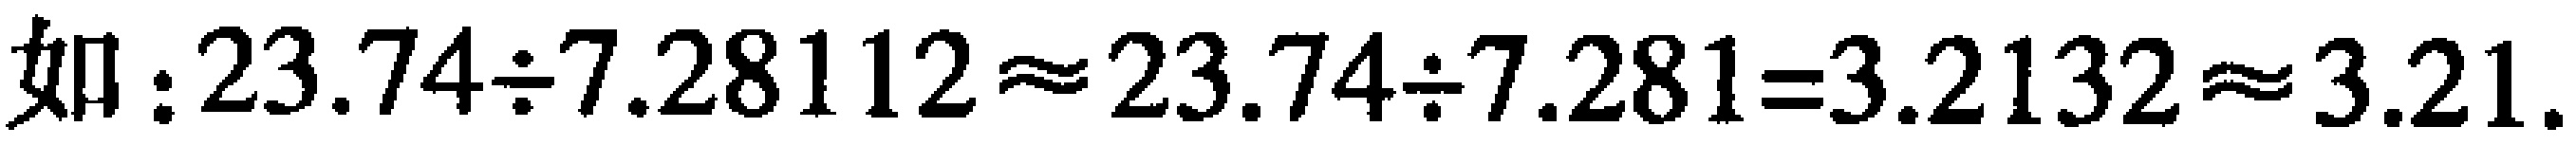
如：$23.74\div7.28112\approx23.74\div7.281 = 3.2132\approx3.21$.